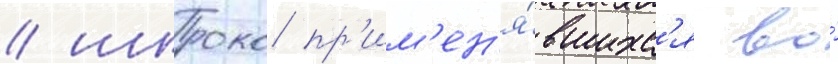
/ широко пр'им'ен'я́вшихс'я во́